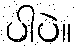
ပါပဲ။